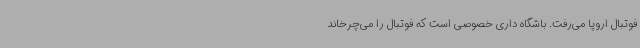
فوتبال اروپا می‌رفت. باشگاه داری خصوصی است که فوتبال را می‌چرخاند